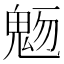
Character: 𩲬